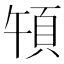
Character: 𩑤